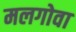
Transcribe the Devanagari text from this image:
मलगोवा